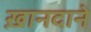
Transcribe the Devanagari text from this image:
ख़ानदाने